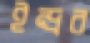
ইন্দ্রর